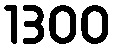
1300